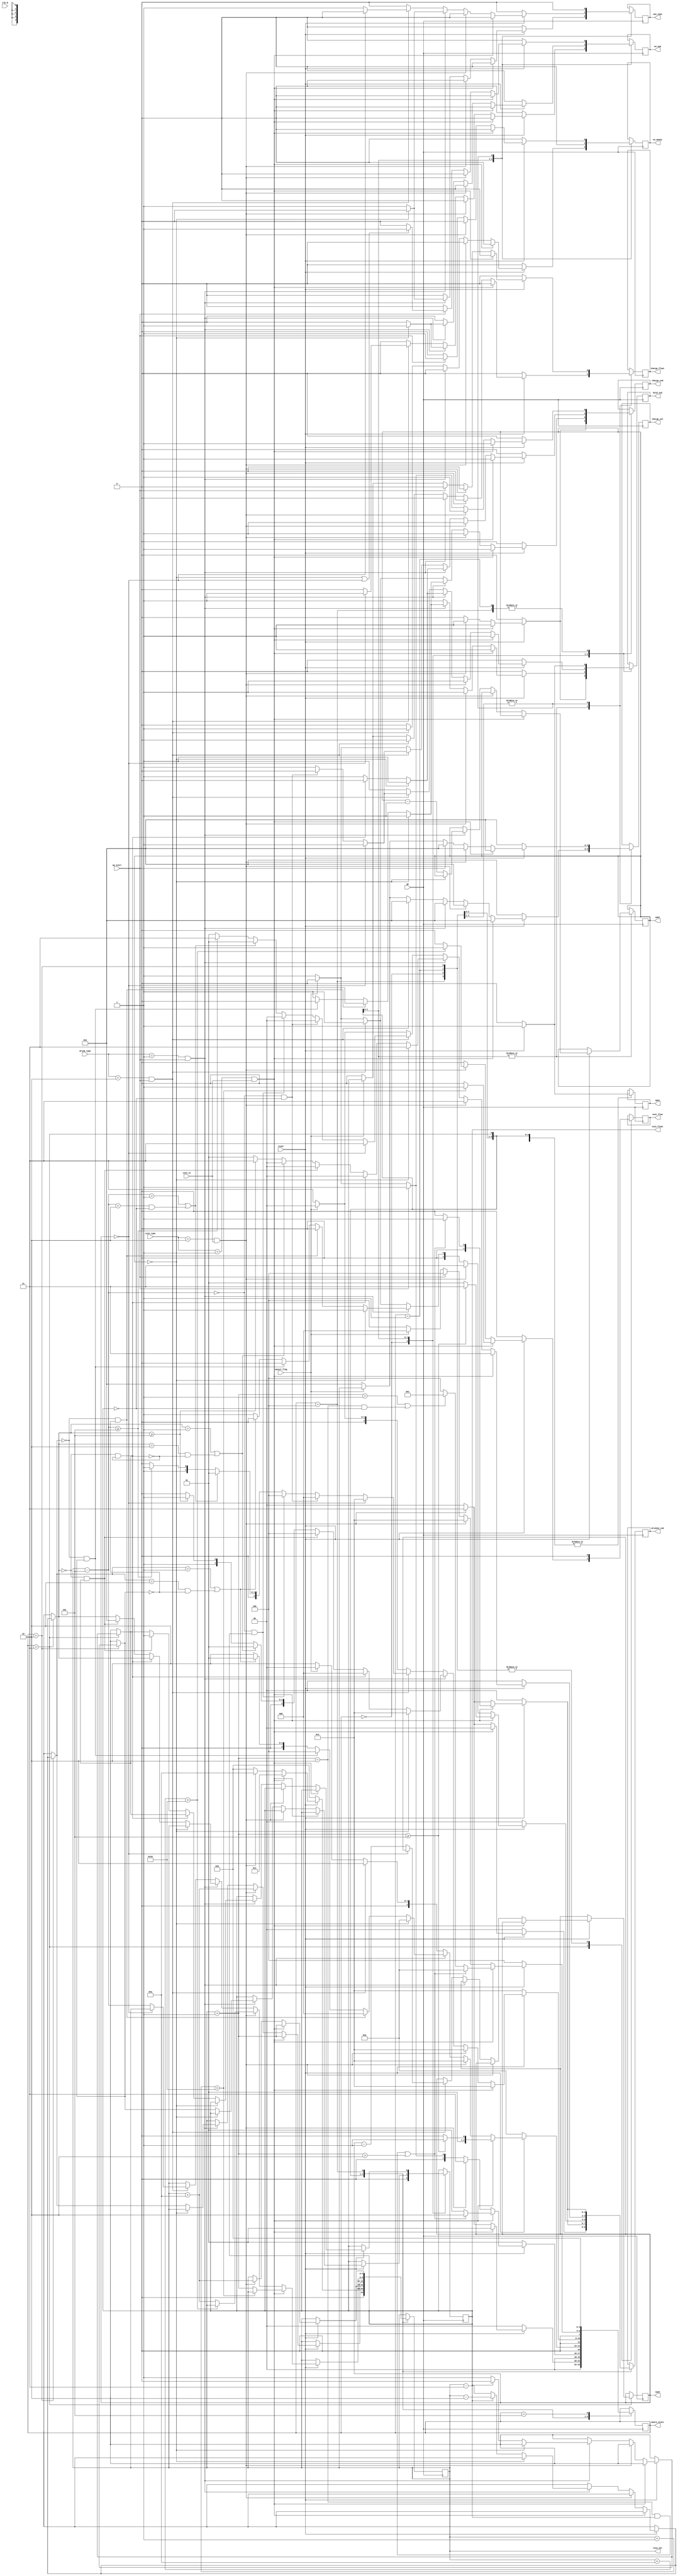
`timescale 1ns / 1ps
module vendor(reset, clk_N, coin_type, coin_in, cancel_flag, drink_type, op_start,
open, hold_ind, coin_val, drinktk_ind, charge_ind, no_money, charge_val, charge_float, coin_float,
can_take,moore_state,over_flow,go,num1,num2,no_num
    );
    input [1:0] coin_type;// 
    input [1:0] drink_type;
    input go;
    input reset,clk_N,coin_in,cancel_flag,op_start;
    output reg [4:0] coin_val;
    output reg [4:0] charge_val;
    output reg charge_float;
    output reg coin_float;
    
    output reg [4:0] num1;
    output reg [4:0] num2;
    output reg no_num;
    
    output reg hold_ind;
    output reg open;//
    output reg [1:0] drinktk_ind;
    output reg charge_ind;
    output reg no_money;
    output reg can_take;
    output reg over_flow;
//    wire clk_N_2;
//    divider #(5000) my_diviver_2(clk_N,clk_N_2);
    parameter S0 = 0, S1 = 1, S2 = 2, S3 = 3, S4 = 4, S5 = 5;
    output reg [3:0] moore_state;
    initial begin
        coin_val<=0;
        charge_val<=0;
        charge_float<=0;
        coin_float<=0;
        hold_ind<=0;
        open<=0;
        drinktk_ind<=0;
        charge_ind<=0;
        no_money<=0;
        can_take<=0;
        over_flow<=0;
        moore_state<=S0;
        num1<=5;
        num2<=5;
        no_num<=0;
    end
//    always @(posedge reset or posedge coin_in or posedge op_start or posedge cancel_flag) begin
    always @(posedge go) begin
            case(moore_state)
            S0:begin
                open<=1;
                hold_ind<=0;
                coin_val<=5'b00000;
                coin_float<=0;
                drinktk_ind<=2'b00;
                no_money<=0;
                can_take<=0;
                charge_val<=5'b00000;
                charge_float<=0;
                charge_ind<=0;
                over_flow<=0;
                no_num<=0;
                if(reset==0) begin
                    moore_state<=S0;
                    open<=0;
                    coin_val<=0;
                    charge_val<=0;
                    coin_float<=0;
                    charge_float<=0;
                    can_take<=0;
                    charge_ind<=0;
                    drinktk_ind<=0;
                    hold_ind<=0;
                end
                else if(coin_type==2'b01&&coin_in==1) begin
                    coin_val<=5'b00001;
                    hold_ind<=1;
                    charge_ind<=1;
                    moore_state<=S1;
                end
                else if(coin_type==2'b10&&coin_in==1) begin
                    coin_val<=5'b01010;
                    hold_ind<=1;
                    charge_ind<=1;
                    drinktk_ind<=2'b11;
                    moore_state<=S3;
                end
                else if(op_start==1) begin
                    if(num1==0 || num2==0) begin
                        no_num<=1;
                    end
                    no_money<=1;
                    moore_state<=S0;
                end
                else if(cancel_flag==1) begin
                    can_take<=0;
                    charge_val<=coin_val;
                    charge_float<=coin_float;
                    moore_state<=S0;
                end
                else moore_state<=S0;
            end
            S1:begin
                open<=1;
                hold_ind<=1;
                drinktk_ind<=2'b00;
                no_money<=0;
                can_take<=0;
                charge_val<=5'b00000;
                charge_float<=0;
                charge_ind<=1;
                over_flow<=0;
                no_num<=0;
                if(reset==0) begin
                    moore_state<=S1;
                    open<=0;
                    coin_val=coin_val;
                    coin_float=coin_float;
                    charge_val<=0;
                    charge_float<=0;
                    can_take<=0;
                    charge_ind<=0;
                    drinktk_ind<=0;
                    hold_ind<=0;
                end
                else if(coin_type==2'b01 && coin_in==1) begin
                    coin_val=coin_val+1;
                    if((coin_val==5'b00010 && coin_float==1)||coin_val>5'b00010) begin
                        drinktk_ind<=2'b01;
                        moore_state<=S2;
                    end
                    else moore_state<=S1;
                end
                else if(coin_type==2'b10&&coin_in==1) begin
                    coin_val=coin_val+5'b01010;
                    drinktk_ind<=2'b11;
                    moore_state<=S3;
                end
                else if(op_start==1) begin
                if(num1==0 || num2==0) begin
                    no_num<=1;
                end
                    no_money<=1;
                    moore_state<=S1;
                end
                else if(cancel_flag==1) begin
                    can_take<=0;
                    charge_val<=coin_val;
                    charge_float<=coin_float;
                    drinktk_ind<=2'b00;
                    hold_ind<=1;
                    charge_ind<=0;
                    moore_state<=S0;
                end
                else moore_state<=S1;
            end
            S2:begin
                open<=1;
                hold_ind<=1;
                drinktk_ind<=2'b01;
                no_money<=0;
                can_take<=0;
                charge_val<=5'b00000;
                charge_float<=0;  
                charge_ind<=1;
                over_flow<=0;
                no_num<=0;
                if(reset==0) begin
                    moore_state<=S2;
                    open<=0;
                    coin_val=coin_val;
                    charge_val<=0;
                    coin_float=coin_float;
                    charge_float<=0;
                    can_take<=0;
                    charge_ind<=0;
                    drinktk_ind<=0;
                    hold_ind<=0;
                end          
                else if(coin_type==2'b01&&coin_in==1) begin
                    coin_val=coin_val+5'b00001;
                    if(coin_val>=5'b00101) begin
                        drinktk_ind<=2'b11;
                        moore_state<=S3;
                    end
                    else moore_state<=S2;
                end
                else if(coin_type==2'b10&&coin_in==1) begin
                    coin_val=coin_val+5'b01010;
                    drinktk_ind<=2'b11;
                    moore_state<=S3;
                end
                else if(drink_type==2'b01&&op_start==1) begin
                    if(num1==0) begin
                        no_num<=1;
                        moore_state<=S2;
                    end
                    else begin
                    can_take<=1;
                    num1<=num1-1;
                    if(coin_float==1) begin
                        coin_val=coin_val-5'b00010;
                        coin_float=0;
                    end
                    else begin
                        coin_val=coin_val-5'b00011;
                        coin_float=1;
                    end
                    if(coin_val==0&&coin_float==0) begin
                        hold_ind<=0;
                        drinktk_ind<=2'b00;
                        charge_ind<=0;
                        moore_state<=S0;
                    end
                    else if(coin_val==0&&coin_float==1) begin
                        hold_ind<=0;
                        drinktk_ind<=2'b00;
                        charge_ind<=0;
                        moore_state<=S4;
                    end
                    else if(coin_val==1||(coin_val==2 && coin_float==0)) begin
                        drinktk_ind<=2'b00;
                        moore_state<=S1;
                    end
                    else moore_state<=S2;
                    end
                end
                else if(drink_type==2'b10&&op_start==1) begin
                    if(num2==0) begin
                        no_num<=1;
                    end
                    no_money<=1;
                    moore_state<=S2;
                end
                else if(cancel_flag==1) begin
                    can_take<=0;
                    charge_val<=coin_val;
                    charge_float<=coin_float;
                    hold_ind<=1;
                    drinktk_ind<=2'b00;
                    charge_ind<=0;
                    moore_state<=S0;
                end
                else moore_state<=S2;
            end
            S3:begin
                open<=1;
                hold_ind<=1;
                drinktk_ind<=2'b11;
                no_money<=0;
                can_take<=0;
                charge_val<=5'b00000;
                charge_float<=0;
                charge_ind<=1;
                over_flow<=0;
                no_num<=0;
                if(reset==0) begin
                    moore_state<=S3;
                    open<=0;
                    coin_val=coin_val;
                    charge_val<=0;
                    coin_float=coin_float;
                    charge_float<=0;
                    can_take<=0;
                    charge_ind<=0;
                    drinktk_ind<=0;
                    hold_ind<=0;
                end
                else if(coin_type==2'b01&&coin_in==1) begin
                    if((coin_val+5'b00001)>16) begin
                        coin_val<=coin_val;
                        coin_float<=coin_float;
                        over_flow<=1;
                        moore_state<=S3;
                    end
                    else coin_val=coin_val+5'b00001;
                    moore_state<=S3;
                end
                else if(coin_type==2'b10&&coin_in==1) begin
                    if((coin_val+10)>16) begin
                        coin_val=coin_val;
                        coin_float=coin_float;
                        over_flow<=1;
                        moore_state<=S3;
                    end 
                    else coin_val=coin_val+5'b01010;
                    moore_state<=S3;
                end
                else if(drink_type==2'b01&&op_start==1) begin
                    if(num1==0) begin
                        no_num<=1;
                        moore_state<=S3;
                    end
                    else begin
                    num1=num1-1;
                    can_take<=1;
                    if(coin_float==1) begin
                        coin_val=coin_val-5'b00010;
                        coin_float=0;
                    end
                    else begin
                        coin_val=coin_val-5'b00011;
                        coin_float=1;
                    end
                    if(coin_val==0&&coin_float==0) begin
                        hold_ind<=0;
                        drinktk_ind<=2'b00;
                        charge_ind<=0;
                        moore_state<=S0;
                    end
                    else if(coin_val==0&&coin_float==1) begin
                        coin_float=1;
                        coin_val=0;
                        drinktk_ind<=2'b00;
                        moore_state<=S4;
                    end
                    else if(coin_val==1||(coin_val==2&&coin_float==0)) begin
                        drinktk_ind<=2'b00;
                        moore_state<=S1;
                    end
                    else if(coin_val>=5)
                    begin
                        moore_state<=S3;
                    end
                    else begin
                        drinktk_ind<=2'b01;
                        moore_state<=S2;
                    end
                    end
                 end
                 else if(drink_type==2'b10&&op_start==1) begin
                    if(num2==0) begin
                        no_num<=0;
                        moore_state<=S3;
                    end
                    else begin
                    num2=num2-1;
                    can_take<=1;
                    coin_val=coin_val-5'b00101;
                    if(coin_val==0&&coin_float==0) begin
                        hold_ind<=0;
                        drinktk_ind<=2'b00;
                        charge_ind<=0;
                        moore_state<=S0;
                    end
                    else if(coin_val==0&&coin_float==1) begin
                        drinktk_ind<=2'b00;
                        moore_state<=S4;
                    end
                    else if(coin_val==1||(coin_val==2&&coin_float==0)) begin 
                        drinktk_ind<=2'b01;
                        moore_state<=S1;
                    end
                    else if(coin_val>=5) begin
                        moore_state<=S3;
                    end
                    else begin 
                        drinktk_ind<=2'b01;
                        moore_state<=S2;
                    end
                    end
                 end
                 else if(cancel_flag==1) begin
                    charge_val<=coin_val;
                    charge_float<=coin_float;
                    drinktk_ind<=2'b00;
                    hold_ind<=1;
                    charge_ind<=0;
                    moore_state<=S0;
                    can_take<=0;
                 end
                 else begin
                    moore_state<=S3;
                 end
                end      
                S4:begin
                    open<=1;
                    hold_ind<=1;
                    drinktk_ind<=2'b00;
                    no_money<=0;
                    can_take<=0;
                    charge_val<=5'b00000;
                    charge_float<=0;
                    charge_ind<=1;
                    over_flow<=0;
                    no_num<=0;
                    if(reset==0) begin
                        moore_state<=S4;
                        open<=0;
                        coin_val=coin_val;
                        charge_val<=0;
                        coin_float=coin_float;
                        charge_float<=0;
                        can_take<=0;
                        charge_ind<=0;
                        drinktk_ind<=0;
                        hold_ind<=0;
                    end
                    else if(coin_type==2'b01&&coin_in==1) begin
                        coin_val=coin_val+5'b00001;
                        if(coin_val>2||(coin_val==2&&coin_float==1)) begin
                            drinktk_ind<=2'b01;
                            moore_state<=S2;
                        end
                        else if(coin_val==1||(coin_val==2&&coin_float==0)) moore_state<=S1;
                        else begin 
                            moore_state<=S4;
                        end
                    end
                    else if(coin_type==2'b10&&coin_in==1) begin
                        coin_val=coin_val+5'b01010;
                        drinktk_ind<=2'b11;
                        moore_state<=S3;
                    end
                    else if(op_start==1) begin
                        if(num1==0 || num2==0) begin
                            no_num<=1;
                        end
                        no_money<=1;
                        moore_state<=S4;
                    end
                    else if(cancel_flag==1) begin
                        can_take<=0;
                        charge_val<=coin_val;
                        charge_float<=coin_float;
                        hold_ind<=1;
                        charge_ind<=0;
                        moore_state<=S0;
                    end
                    else moore_state<=S4;
                end
                S5:begin
//                    coin_val<=0;
//                    coin_float<=0;
                    moore_state<=S0;
                end
             default:moore_state<=moore_state;              
        endcase
    end
endmodule